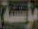
مؤسسة